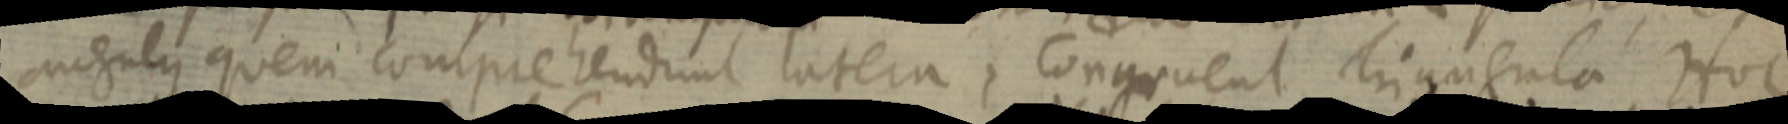
angulus quem comprehendunt latera, Congruent triangula Hoc